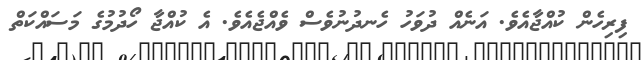
ފިިރިހެން ކުއްޖާއެވެ. އަނެއް ދުވަހު ހެނދުނުވެސް ވެއްޖެއެވެ. އެ ކުއްޖާ ހޯދުމުގެ މަސައްކަތް